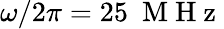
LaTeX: \omega/2\pi=25~\mathrm{~M~H~z~}